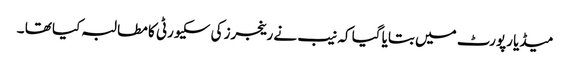
میڈیا رپورٹ میں بتایا گیا کہ نیب نے رینجرز کی سکیورٹی کا مطالبہ کیا تھا ۔